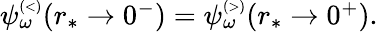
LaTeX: \begin{array}{r}{\psi_{\omega}^{\scriptscriptstyle(<)}(r_{*}\to 0^{-})=\psi_{\omega}^{\scriptscriptstyle(>)}(r_{*}\to 0^{+}).}\end{array}